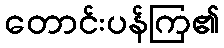
တောင်းပန်ကြ၏